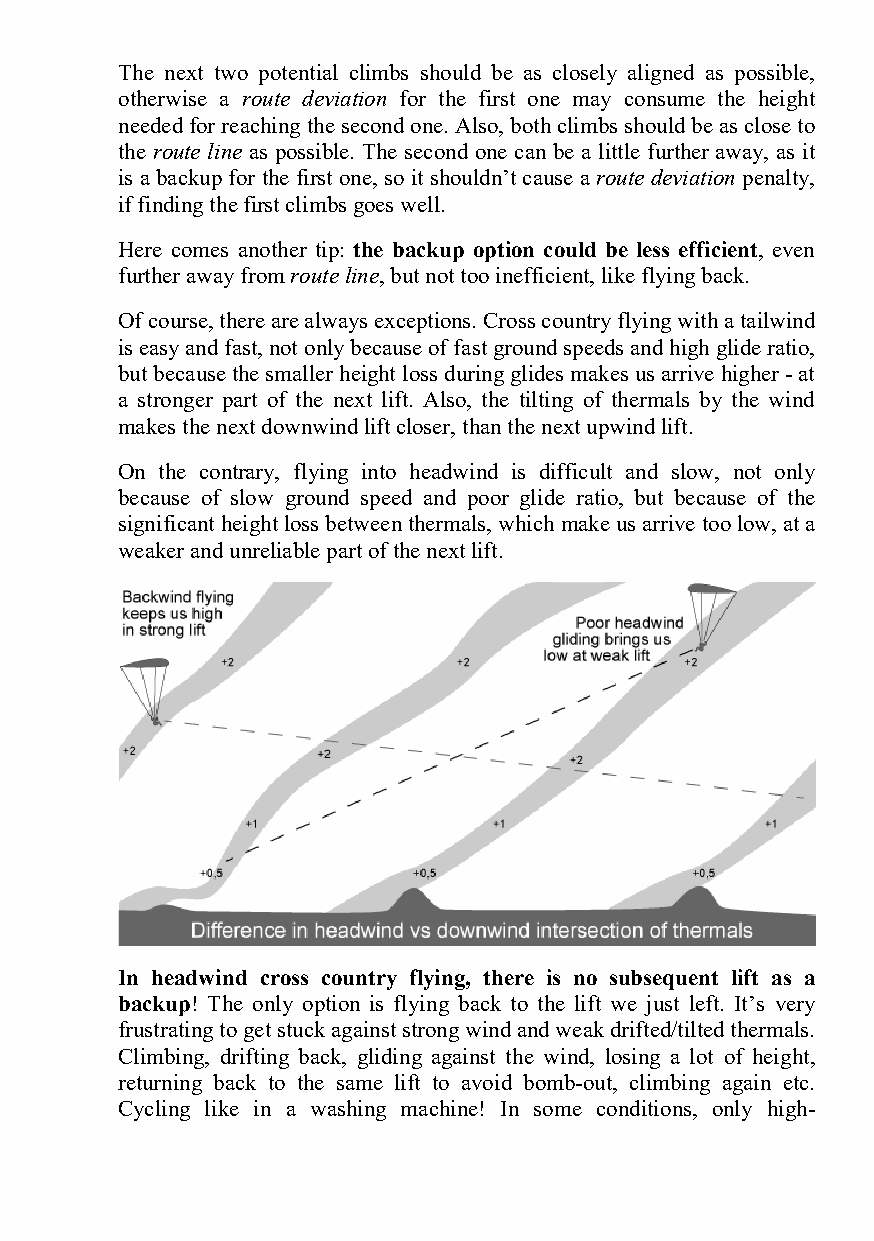
The next two potential climbs should be as closely aligned as possible,
 otherwise a route deviation for the first one may consume the height
 needed for reaching the second one. Also, both climbs should be as close to
 the route line as possible. The second one can be a little further away, as it
 is a backup for the first one, so it shouldn’t cause a route deviation penalty,
 if finding the first climbs goes well.
 Here comes another tip: the backup option could be less efficient, even
 further away from route line, but not too inefficient, like flying back.
 Of course, there are always exceptions. Cross country flying with a tailwind
 is easy and fast, not only because of fast ground speeds and high glide ratio,
 but because the smaller height loss during glides makes us arrive higher - at
 a stronger part of the next lift. Also, the tilting of thermals by the wind
 makes the next downwind lift closer, than the next upwind lift.
 On the contrary, flying into headwind is difficult and slow, not only
 because of slow ground speed and poor glide ratio, but because of the
 significant height loss between thermals, which make us arrive too low, at a
 weaker and unreliable part of the next lift.
 In headwind cross country flying, there is no subsequent lift as a
 backup! The only option is flying back to the lift we just left. It’s very
 frustrating to get stuck against strong wind and weak drifted/tilted thermals.
 Climbing, drifting back, gliding against the wind, losing a lot of height,
 returning back to the same lift to avoid bomb-out, climbing again etc.
 Cycling like in a washing machine! In some conditions, only high-